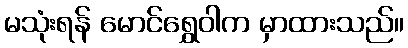
မသုံးရန် မောင်ရွှေဝါက မှာထားသည်။